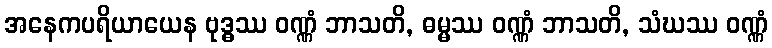
အနေကပရိယာယေန ဗုဒ္ဓဿ ဝဏ္ဏံ ဘာသတိ, ဓမ္မဿ ဝဏ္ဏံ ဘာသတိ, သံဃဿ ဝဏ္ဏံ